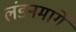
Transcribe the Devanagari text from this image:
लंडनमार्गे